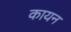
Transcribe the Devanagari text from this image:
कायन